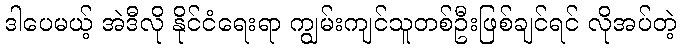
ဒါပေမယ့် အဲဒီလို နိုင်ငံရေးရာ ကျွမ်းကျင်သူတစ်ဦးဖြစ်ချင်ရင် လိုအပ်တဲ့